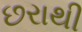
છરાથી